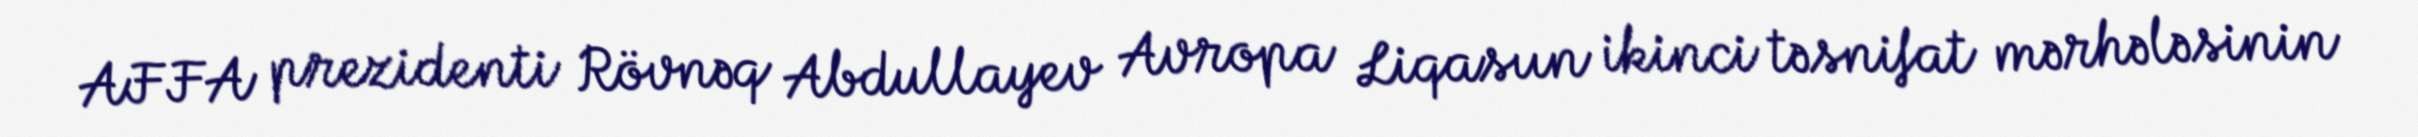
AFFA prezidenti Rövnəq Abdullayev Avropa Liqasıın ikinci təsnifat mərhələsinin